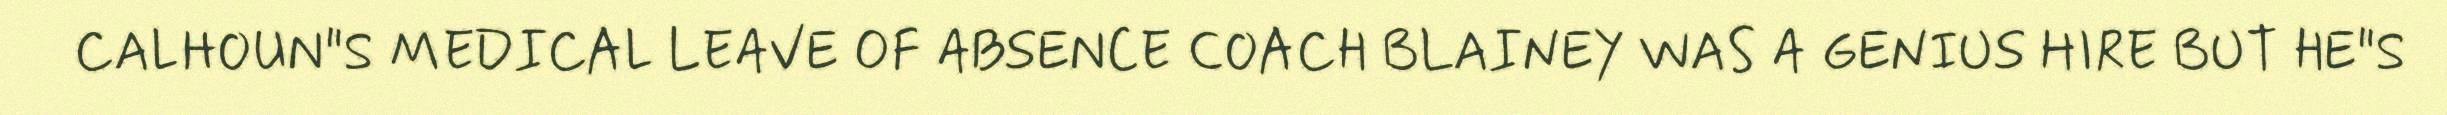
CALHOUN"S MEDICAL LEAVE OF ABSENCE COACH BLAINEY WAS A GENIUS HIRE BUT HE"S